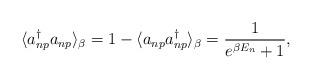
LaTeX: \begin{align*}\langle a^{\dag}_{np} a_{np}\rangle_{\beta}=1- \langle a_{np} a^{\dag}_{np}\rangle_{\beta}=\frac {1} { e^{\beta E_n}+1}, \end{align*}